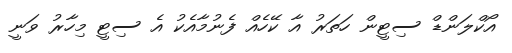
އޯކްލަންޑް ސިޓީން ހަތަރު އާ ކޭހެއް ފެނުމާއެކު އެ ސިޓީ މިހާރު ވަނީ